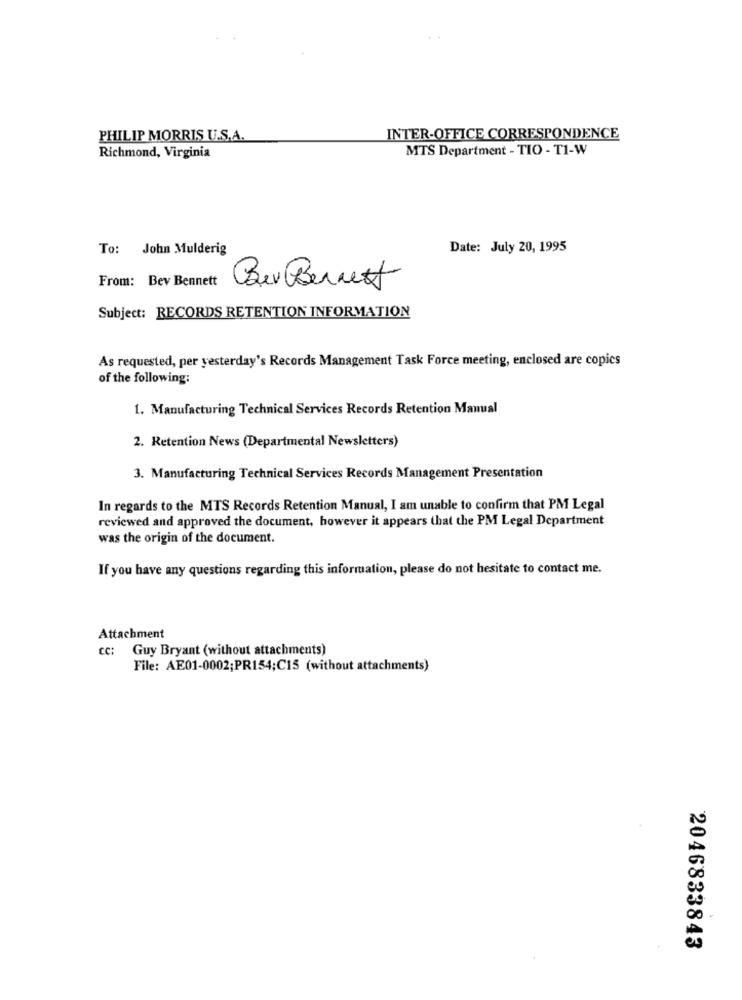
PHILIP MORRIS U.S.A.
INTER-OFFICE CORRESPONDENCE
MTS Department - TIO - T1-W
Richmond, Virginia
To: John Mulderig
Date: July 20, 1995
From: Bev Bennett
Ber Bennett
Subject: RECORDS RETENTION INFORMATION
As requested, per yesterday's Records Management Task Force meeting, enclosed are copics
of the following:
1. Manufacturing Technical Services Records Retention Manual
2. Retention News (Departmental Newsletters)
3. Manufacturing Technical Services Records Management Presentation
In regards to the MTS Records Retention Manual, I am unable to confirm that PM Legal
reviewed and approved the document, however it appears that the PM Legal Department
was the origin of the document.
If you have any questions regarding this information, please do not hesitate to contact me.
Attachment
cc:
Guy Bryant (without attachments)
File: AE01-0002;PR154;C15 (without attachments)
2046833843